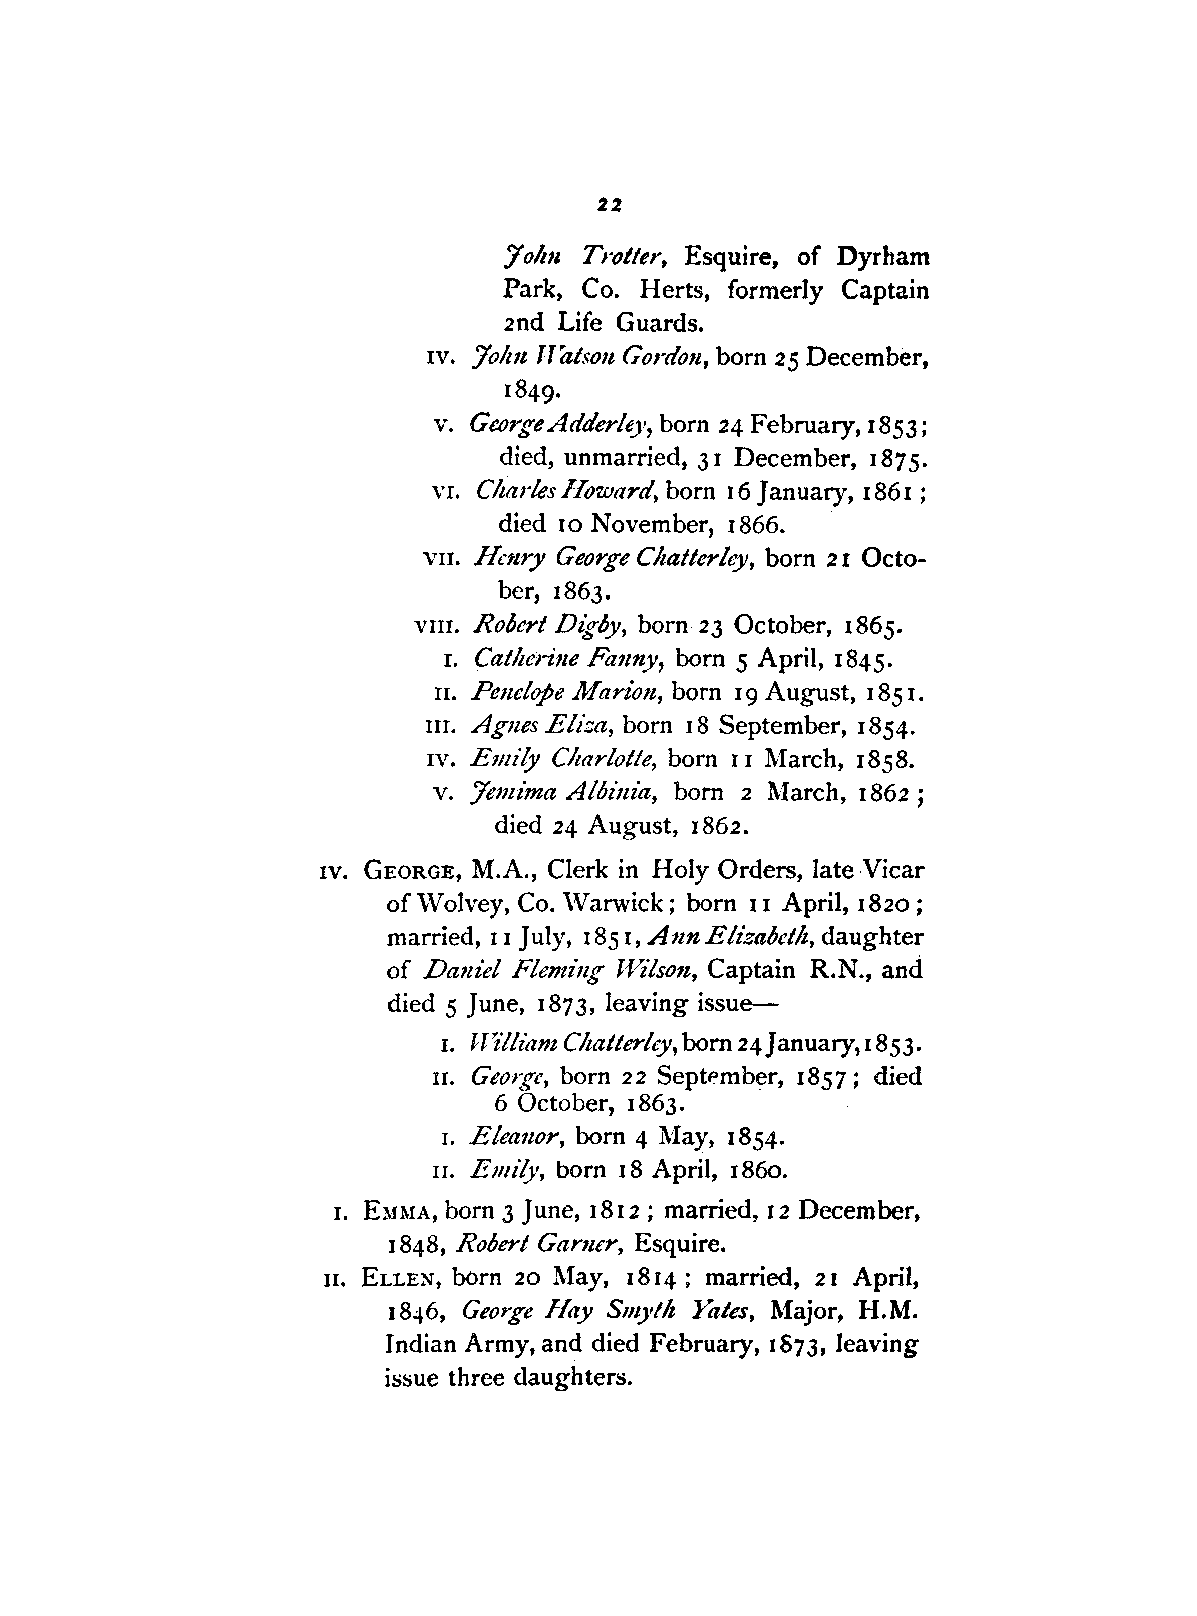
22
 7ohn Trotter, Esquire, of Dyrham
 Park, Co. Herts, formerly Captain
 2nd Life Guards.
 1v. :John Tratson Gordon, born 25 December,
 1849.
 v. George Adderley, born 24 February, 1853;
 died, unmarried, 31 December, 187 5.
 VI. Charles IIoward, born 16 January, 1861;
 died 10 November, 1866.
 VII. lft:nry George Chatterley, born 2 1 Octo
 ber, 1863.
 VIII. Robert Di'g/Jy, born, 23 October, 1865.
 1. Catherine Fanny, born 5 April, 1845.
 II. Penelope Marion, born 19 August, 1851.
 nr. Agnes Eliza, born 18 September, 1854.
 rv. Emily Charlotte, born 11 March, 1858.
 v. :Jemima Albinia, born 2 :March, 1862 ;
 died 24 August, 1862.
 1v. GEORGE, M.A., Clerk in Holy Orders, late Vicar
 of \Volvey, Co. \Varwick; born April, 1820;
 I I
 married, I I July, 1851, Ann Elizabeth, daughter
 of Dam'el Flemi'ng H7ilson, Captain R.N., and
 died 5 June, 1873, leaving issue-
 r. H~'lli'am Chatterley, born 24January,1853.
 II. Geo1:{[e, born 22 Septl:'mber, 1857; died
 6 October, 1863.
 Eleanor, born 4 May, 1854.
 I.
 Emily, born 18 April, 186o.
 II.
 born 3 June, 1812; married, 12 December,
 1. E:~1MA,
 1848, Robert Garner, Esquire.
 n. ELLEN', born 20 May, 1814; married, 21 April,
 1846, George Hay Sm;th Yates, Major, H.M.
 1
 Indian Army, and died February, 1673, leaving
 issue three daughters.